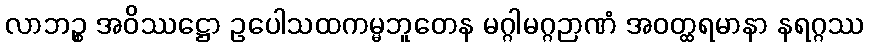
လာဘဉ္စ အဝိဿဋ္ဌော ဥပေါသထကမ္မဘူတေန မဂ္ဂါမဂ္ဂဉာဏံ အဝတ္ထရမာနာ နရဂ္ဂဿ